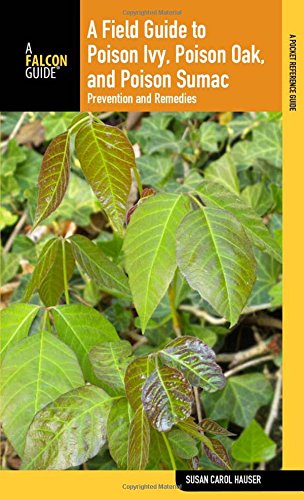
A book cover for Field Guide to Poison Ivy, Poison Oak, and Poison Sumac: Prevention And Remedies (Falcon Guide); Susan Carol Hauser; Health, Fitness & Dieting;